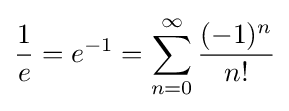
{\frac {1}{e}}=e^{-1}=\sum _{n=0}^{\infty }{\frac {(-1)^{n}}{n!}}